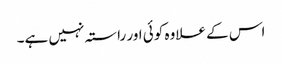
اس کے علاوہ کوئی اور راستہ نہیں ہے۔